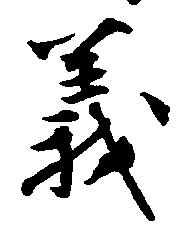
義